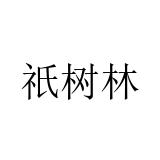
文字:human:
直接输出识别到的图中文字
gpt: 祇树林